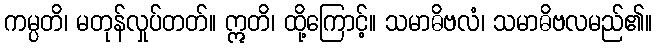
ကမ္ပတိ၊ မတုန်လှုပ်တတ်။ ဣတိ၊ ထို့ကြောင့်။ သမာဓိဗလံ၊ သမာဓိဗလမည်၏။